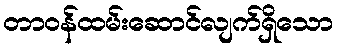
တာဝန်ထမ်းဆောင်လျက်ရှိသော